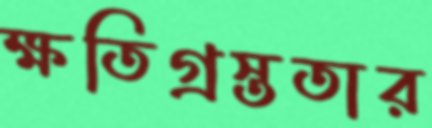
ক্ষতিগ্রস্ততার